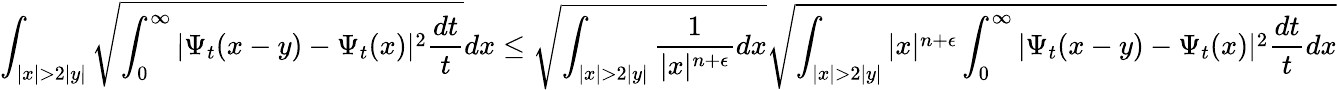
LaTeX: \int_{|x|>2|y|}\sqrt{\int_{0}^{\infty}|\Psi_{t}(x-y)-\Psi_{t}(x)|^{2}\frac{dt}{t}}dx\leq\sqrt{\int_{|x|>2|y|}\frac{1}{|x|^{n+\epsilon}}dx}\sqrt{\int_{|x|>2|y|}|x|^{n+\epsilon}\int_{0}^{\infty}|\Psi_{t}(x-y)-\Psi_{t}(x)|^{2}\frac{dt}{t}dx}